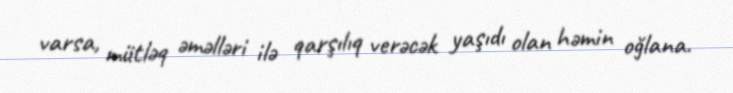
varsa, mütləq əməlləri ilə qarşılıq verəcək yaşıdı olan həmin oğlana.